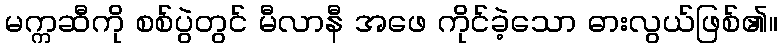
မက္ကဆီကို စစ်ပွဲတွင် မီလာနီ အဖေ ကိုင်ခဲ့သော ဓားလွယ်ဖြစ်၏။